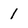
Character: 1